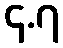
၄.၇